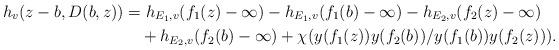
LaTeX: \begin{align*}h_v (z-b,D(b,z)) &= h_{E_1 ,v} (f_1 (z)-\infty )-h_{E_1 ,v} (f_1 (b)-\infty )-h_{E_2 ,v} (f_2 (z)-\infty )\\&\quad+ h_{E_2 ,v} (f_2 (b)-\infty ) +\chi (y(f_1 (z))y(f_2 (b))/y(f_1 (b))y(f_2 (z))). \end{align*}